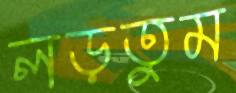
লড়তুম